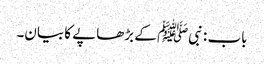
باب : نبیﷺ کے بڑھاپے کا بیان۔